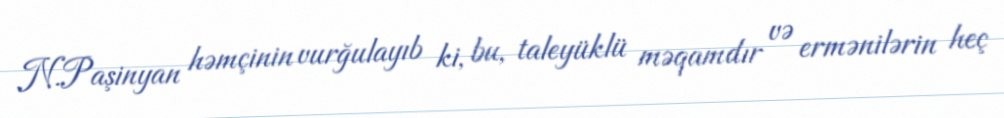
N.Paşinyan həmçinin vurğulayıb ki, bu, taleyüklü məqamdır və ermənilərin heç